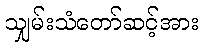
သျှမ်းသံတော်ဆင့်အား